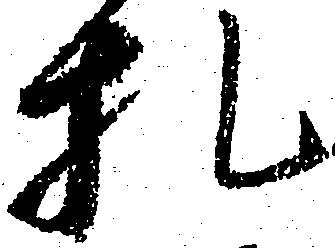
札